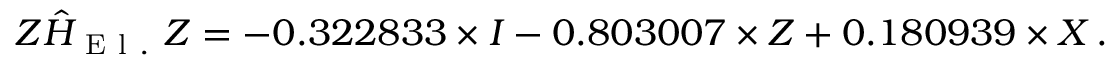
Z \hat { H } _ { \mathrm { ~ E ~ l ~ . ~ } } Z = - 0 . 3 2 2 8 3 3 \times I - 0 . 8 0 3 0 0 7 \times Z + 0 . 1 8 0 9 3 9 \times X \, .